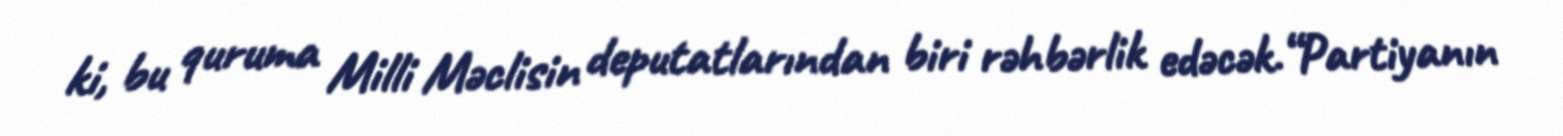
ki, bu quruma Milli Məclisin deputatlarından biri rəhbərlik edəcək.“Partiyanın